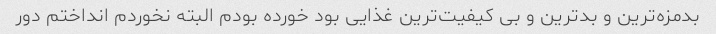
بدمزه‌ترین و بد‌ترین و بی کیفیت‌ترین غذایی بود خورده بودم البته نخوردم انداختم دور